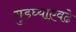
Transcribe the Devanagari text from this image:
गुडघ्याएवढे